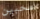
محبين